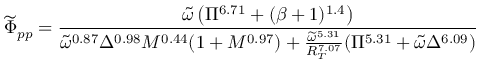
\widetilde { \Phi } _ { p p } = \frac { \widetilde { \omega } \left( \Pi ^ { 6 . 7 1 } + ( \beta + 1 ) ^ { 1 . 4 } \right) } { \widetilde { \omega } ^ { 0 . 8 7 } \Delta ^ { 0 . 9 8 } M ^ { 0 . 4 4 } ( 1 + M ^ { 0 . 9 7 } ) + \frac { \widetilde { \omega } ^ { 5 . 3 1 } } { R _ { T } ^ { 7 . 0 7 } } ( \Pi ^ { 5 . 3 1 } + \widetilde { \omega } \Delta ^ { 6 . 0 9 } ) }